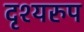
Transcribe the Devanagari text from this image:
दृश्यरुप